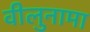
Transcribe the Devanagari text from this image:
वीलुनामा